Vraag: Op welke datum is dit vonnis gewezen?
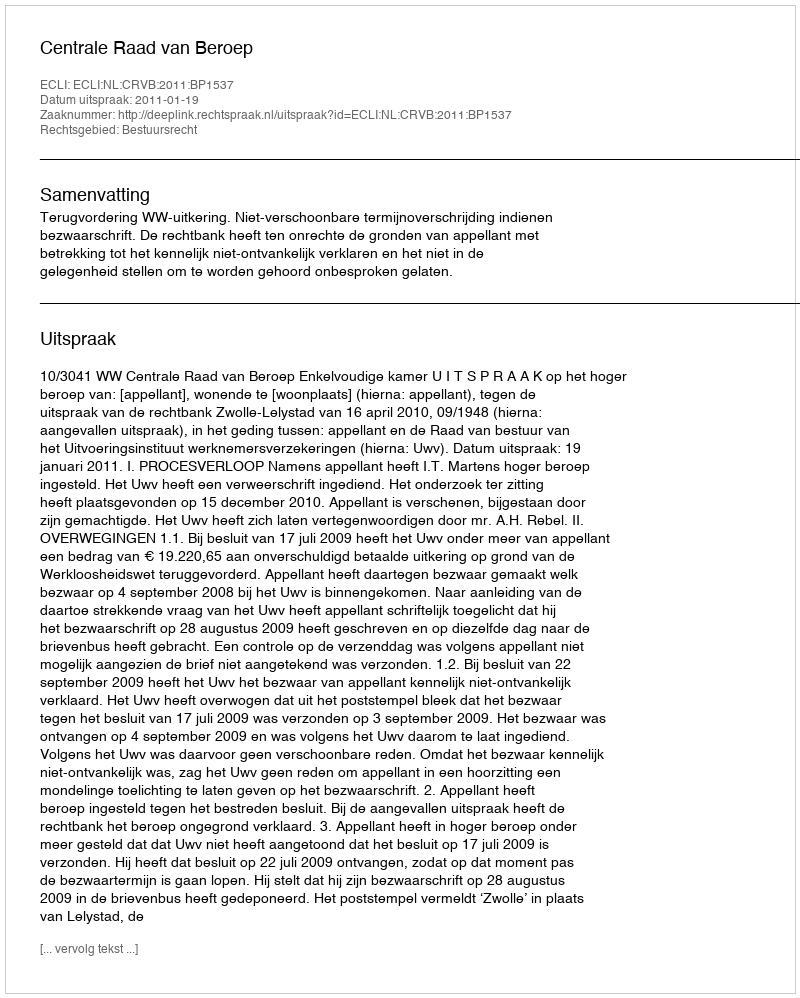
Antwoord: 2011-01-19